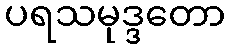
ပရသမုဒ္ဒတော